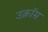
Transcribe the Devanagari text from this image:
उक्रॉस